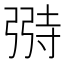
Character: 𫸺